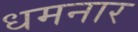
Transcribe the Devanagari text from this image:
धमनार